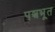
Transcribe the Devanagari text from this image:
पञ्चभूत